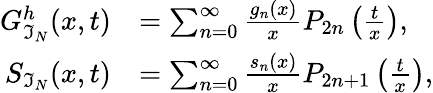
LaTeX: \begin{array}{rl}{G_{\mathfrak{I}_{N}}^{h}(x,t)}&{=\sum_{n=0}^{\infty}\frac{g_{n}(x)}{x}P_{2n}\left(\frac{t}{x}\right),}\\ {S_{\mathfrak{I}_{N}}(x,t)}&{=\sum_{n=0}^{\infty}\frac{s_{n}(x)}{x}P_{2n+1}\left(\frac{t}{x}\right),}\end{array}